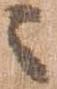
々